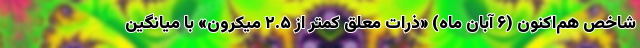
شاخص هم‌اکنون (۶ آبان ماه) «ذرات معلق کمتر از ۲.۵ میکرون» با میانگین